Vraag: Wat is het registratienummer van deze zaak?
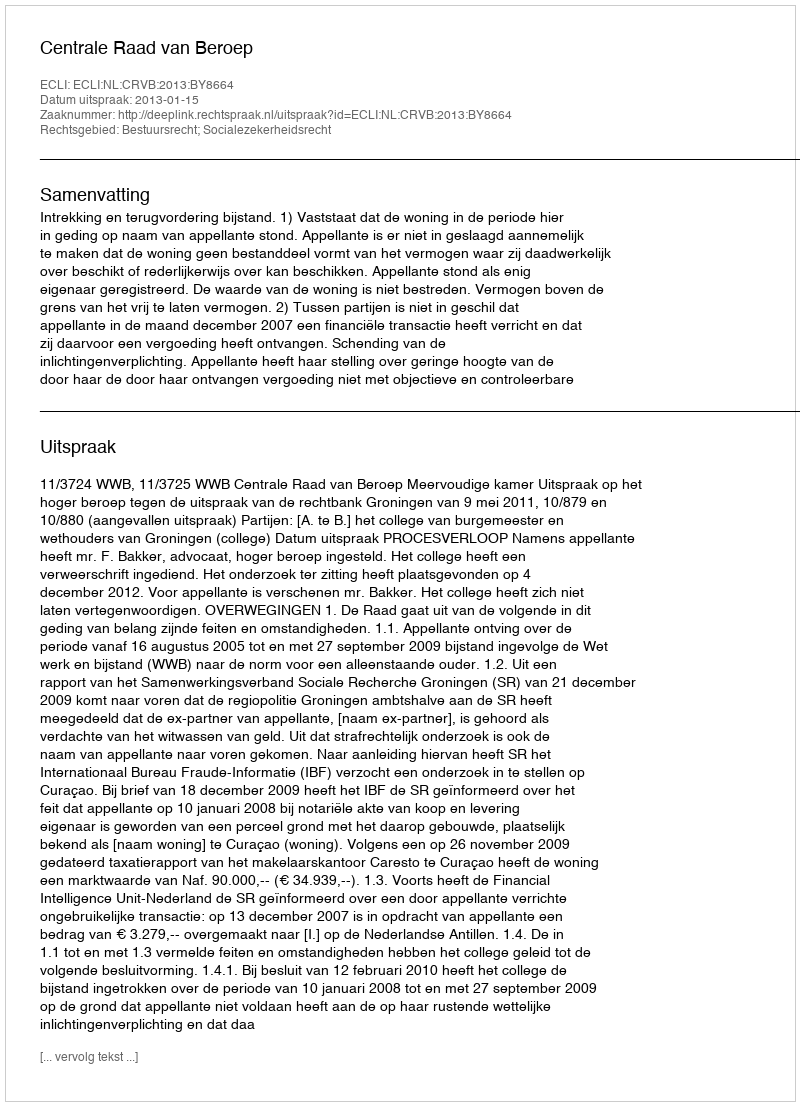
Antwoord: http://deeplink.rechtspraak.nl/uitspraak?id=ECLI:NL:CRVB:2013:BY8664